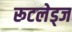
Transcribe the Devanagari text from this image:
रूटलेड्ज